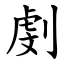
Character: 㓺